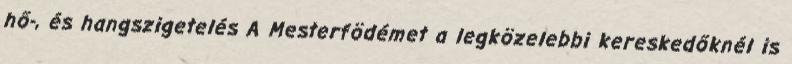
hő-, és hangszigetelés A Mesterfödémet a legközelebbi kereskedőknél is